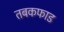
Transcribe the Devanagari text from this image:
तबकफाड